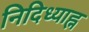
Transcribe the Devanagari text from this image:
निदिध्याह्न